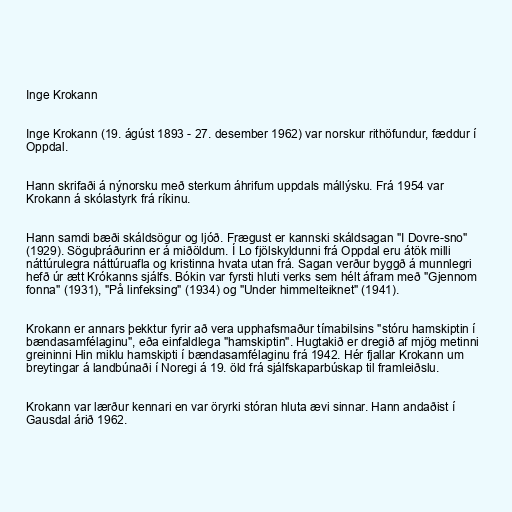
Inge Krokann

Inge Krokann (19. ágúst 1893 - 27. desember 1962) var norskur rithöfundur, fæddur í
Oppdal.

Hann skrifaði á nýnorsku með sterkum áhrifum uppdals mállýsku. Frá 1954 var
Krokann á skólastyrk frá ríkinu.

Hann samdi bæði skáldsögur og ljóð. Frægust er kannski skáldsagan "I Dovre-sno"
(1929). Söguþráðurinn er á miðöldum. Í Lo fjölskyldunni frá Oppdal eru átök milli
náttúrulegra náttúruafla og kristinna hvata utan frá. Sagan verður byggð á munnlegri
hefð úr ætt Krókanns sjálfs. Bókin var fyrsti hluti verks sem hélt áfram með "Gjennom
fonna" (1931), "På linfeksing" (1934) og "Under himmelteiknet" (1941).

Krokann er annars þekktur fyrir að vera upphafsmaður tímabilsins "stóru hamskiptin í
bændasamfélaginu", eða einfaldlega "hamskiptin". Hugtakið er dregið af mjög metinni
greininni Hin miklu hamskipti í bændasamfélaginu frá 1942. Hér fjallar Krokann um
breytingar á landbúnaði í Noregi á 19. öld frá sjálfskaparbúskap til framleiðslu.

Krokann var lærður kennari en var öryrki stóran hluta ævi sinnar. Hann andaðist í
Gausdal árið 1962.